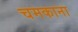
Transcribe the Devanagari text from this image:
चमकाना